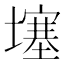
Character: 𡑮